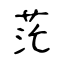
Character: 茫